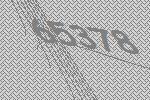
65378